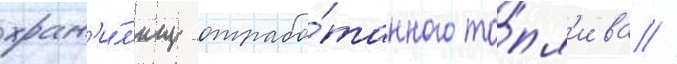
хран'и́л'ищ отрабо́танного то́пл'ива //